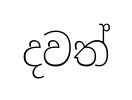
දවත්